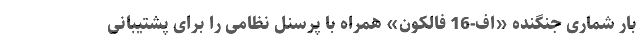
بار شماری جنگنده «اف-16 فالکون» همراه با پرسنل نظامی را برای پشتیبانی